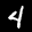
Label: 4